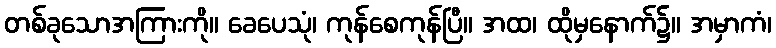
တစ်ခုသောအကြားကို။ ခေပေသုံ၊ ကုန်စေကုန်ပြီ။ အထ၊ ထိုမှနောက်၌။ အမှာကံ၊